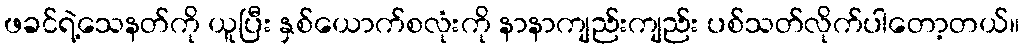
ဖခင်ရဲ့သေနတ်ကို ယူပြီး နှစ်ယောက်စလုံးကို နာနာကျည်းကျည်း ပစ်သတ်လိုက်ပါတော့တယ်။